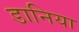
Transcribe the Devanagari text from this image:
डानिया